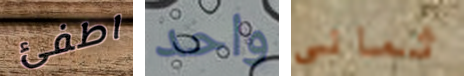
اطفئ واحد ثمانى